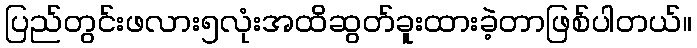
ပြည်တွင်းဖလား၅လုံးအထိဆွတ်ခူးထားခဲ့တာဖြစ်ပါတယ်။